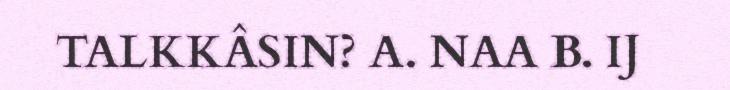
TALKKÂSIN? A. NAA B. IJ